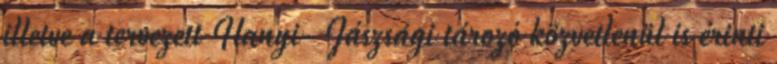
illetve a tervezett Hanyi- Jászsági tározó közvetlenül is érinti